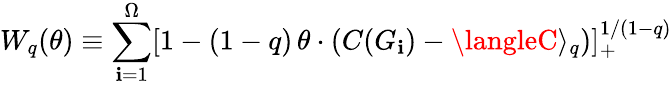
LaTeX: W_{q}(\theta)\equiv\sum_{\mathbf{i}=1}^{\Omega}[1-(1-q)\, \theta\cdot(C(G_{\mathbf{i}})-\langleC\rangle_{q})]_{+}^{1/(1-q)}